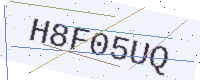
Text: H8F05UQ